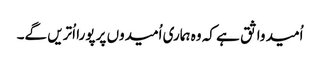
اُمید واثق ہے کہ وہ ہماری اُمیدوں پر پورا اُتریں گے۔